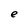
Character: e